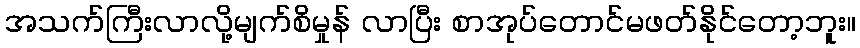
အသက်ကြီးလာလို့မျက်စိမှုန် လာပြီး စာအုပ်တောင်မဖတ်နိုင်တော့ဘူး။